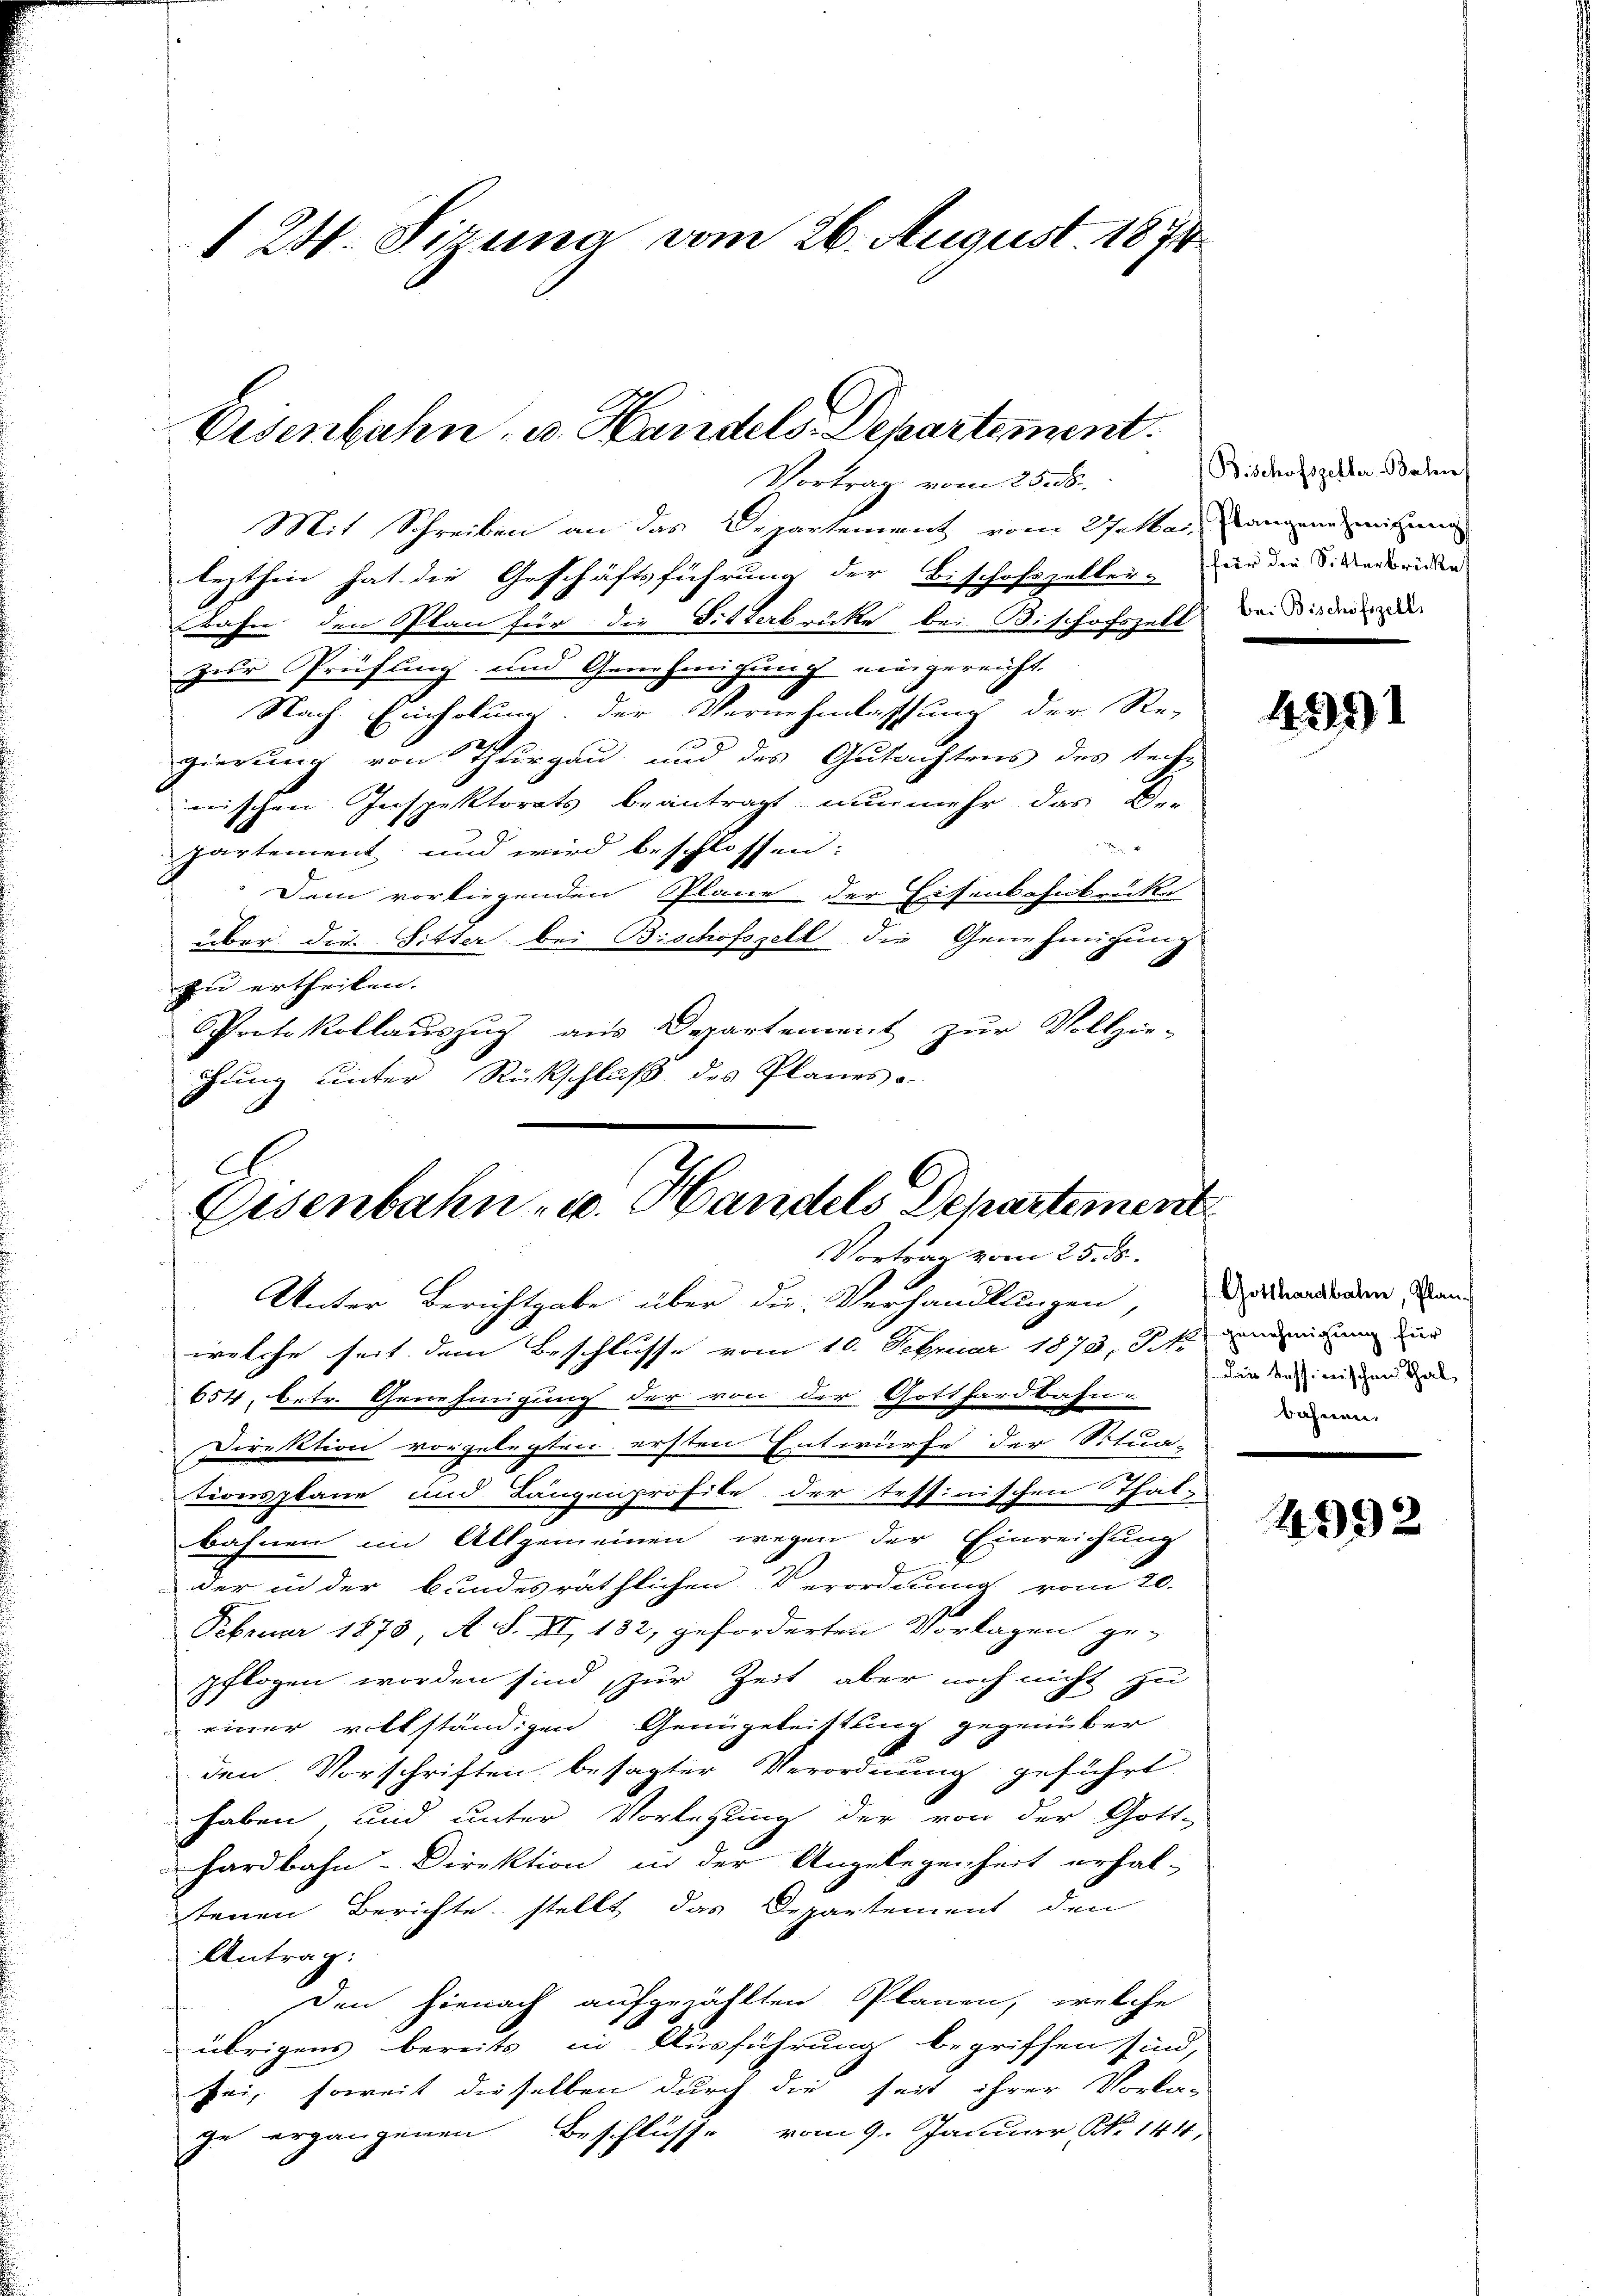
1 24. Sizung vom 26. August 1874

Eisenbahn. v. Handels Departement.
Vortrag vom 25. ds.

Mit Schreiben an das Departement vom 2. Mai, langen mitzung
lezthin hat die Geschäftsführung der Bischofszeller - in die S. Madriden
Bahn den Plan für die Sitterbrücke bei Bischofszell des Binden
zur Prüfling und Genehmigung eingereicht.
Nach Einholung der Vernehmlassung der Re-
gierung von Thurgau und des Gutachtens des tech-
wischen Inspektorats beantragt, nunmehr das De-
partement und wird beschlossen:
Dem vorliegenden Plane der Eisenbahnbrüke
über die Sitter bei Bischofszell die Genehmigung
zu ertheilen.
Protokollauszug aus Departement zur Vollzie-
gung unter Rückschluß des Planes
f. E

Eisenbahn- u. Handels Departement
Vortrag vom 25. ds.

Unter Berichtgabe über die Verhandlungen, anderen, Van
welche seit dem Beschlusse vom 10. Februar 1873, St. und dann dur
654, betr. Genehmigung der von der Gotthardbahn-
Direktion vorgelegten ersten Entwürfe der Situa-
tionsplane und Längenprofile der teffinischen That-
bahnen im Allgemeinen wegen der Einreichung
der in der bundesräthlichen Verordnung vom 20.
Februar 1873 A. S. XI, 182, geforderten Vorlagen ge-
pflogen worden sind, zur Zeit aber noch nicht zu
einer volkständigen Genügeleistung gegenüber
den. Vorschriften, besagter Verordnung geführt
haben und unter Vorlesung der von der Gott-
hardbahn-Direktion in der Angelegenheit erhal-
tenen Berichte stellt das Departement den
Antrag:
Den hienach aufgezählten Plänen, welche
übrigens bereits in Ausführung begriffen sind,
sei, soweit dieselben durch die seit ihrer Vorla-
ge ergangenen Beschlüsse vom 9. Januar No 144.

Bischofszetter Bahn

491

. Die tessinischen Thal,
bahnen.

4992